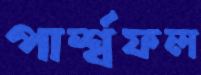
পার্শ্বফল